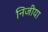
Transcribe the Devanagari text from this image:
निजीया